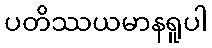
ပတိဿယမာနရူပါ